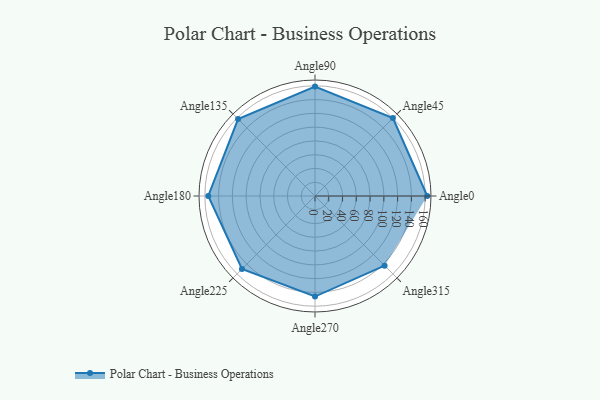
{"axis": {"x": "Angle", "y": "Radius"}, "legend": [""], "data": [{"x": "Angle0", "y": 163.0, "type": ""}, {"x": "Angle45", "y": 160.0, "type": ""}, {"x": "Angle90", "y": 159.0, "type": ""}, {"x": "Angle135", "y": 158.0, "type": ""}, {"x": "Angle180", "y": 155.0, "type": ""}, {"x": "Angle225", "y": 150.0, "type": ""}, {"x": "Angle270", "y": 146.0, "type": ""}, {"x": "Angle315", "y": 143.0, "type": ""}]}